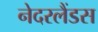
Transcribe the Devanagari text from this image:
नेदरलैंडस